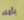
بأمك